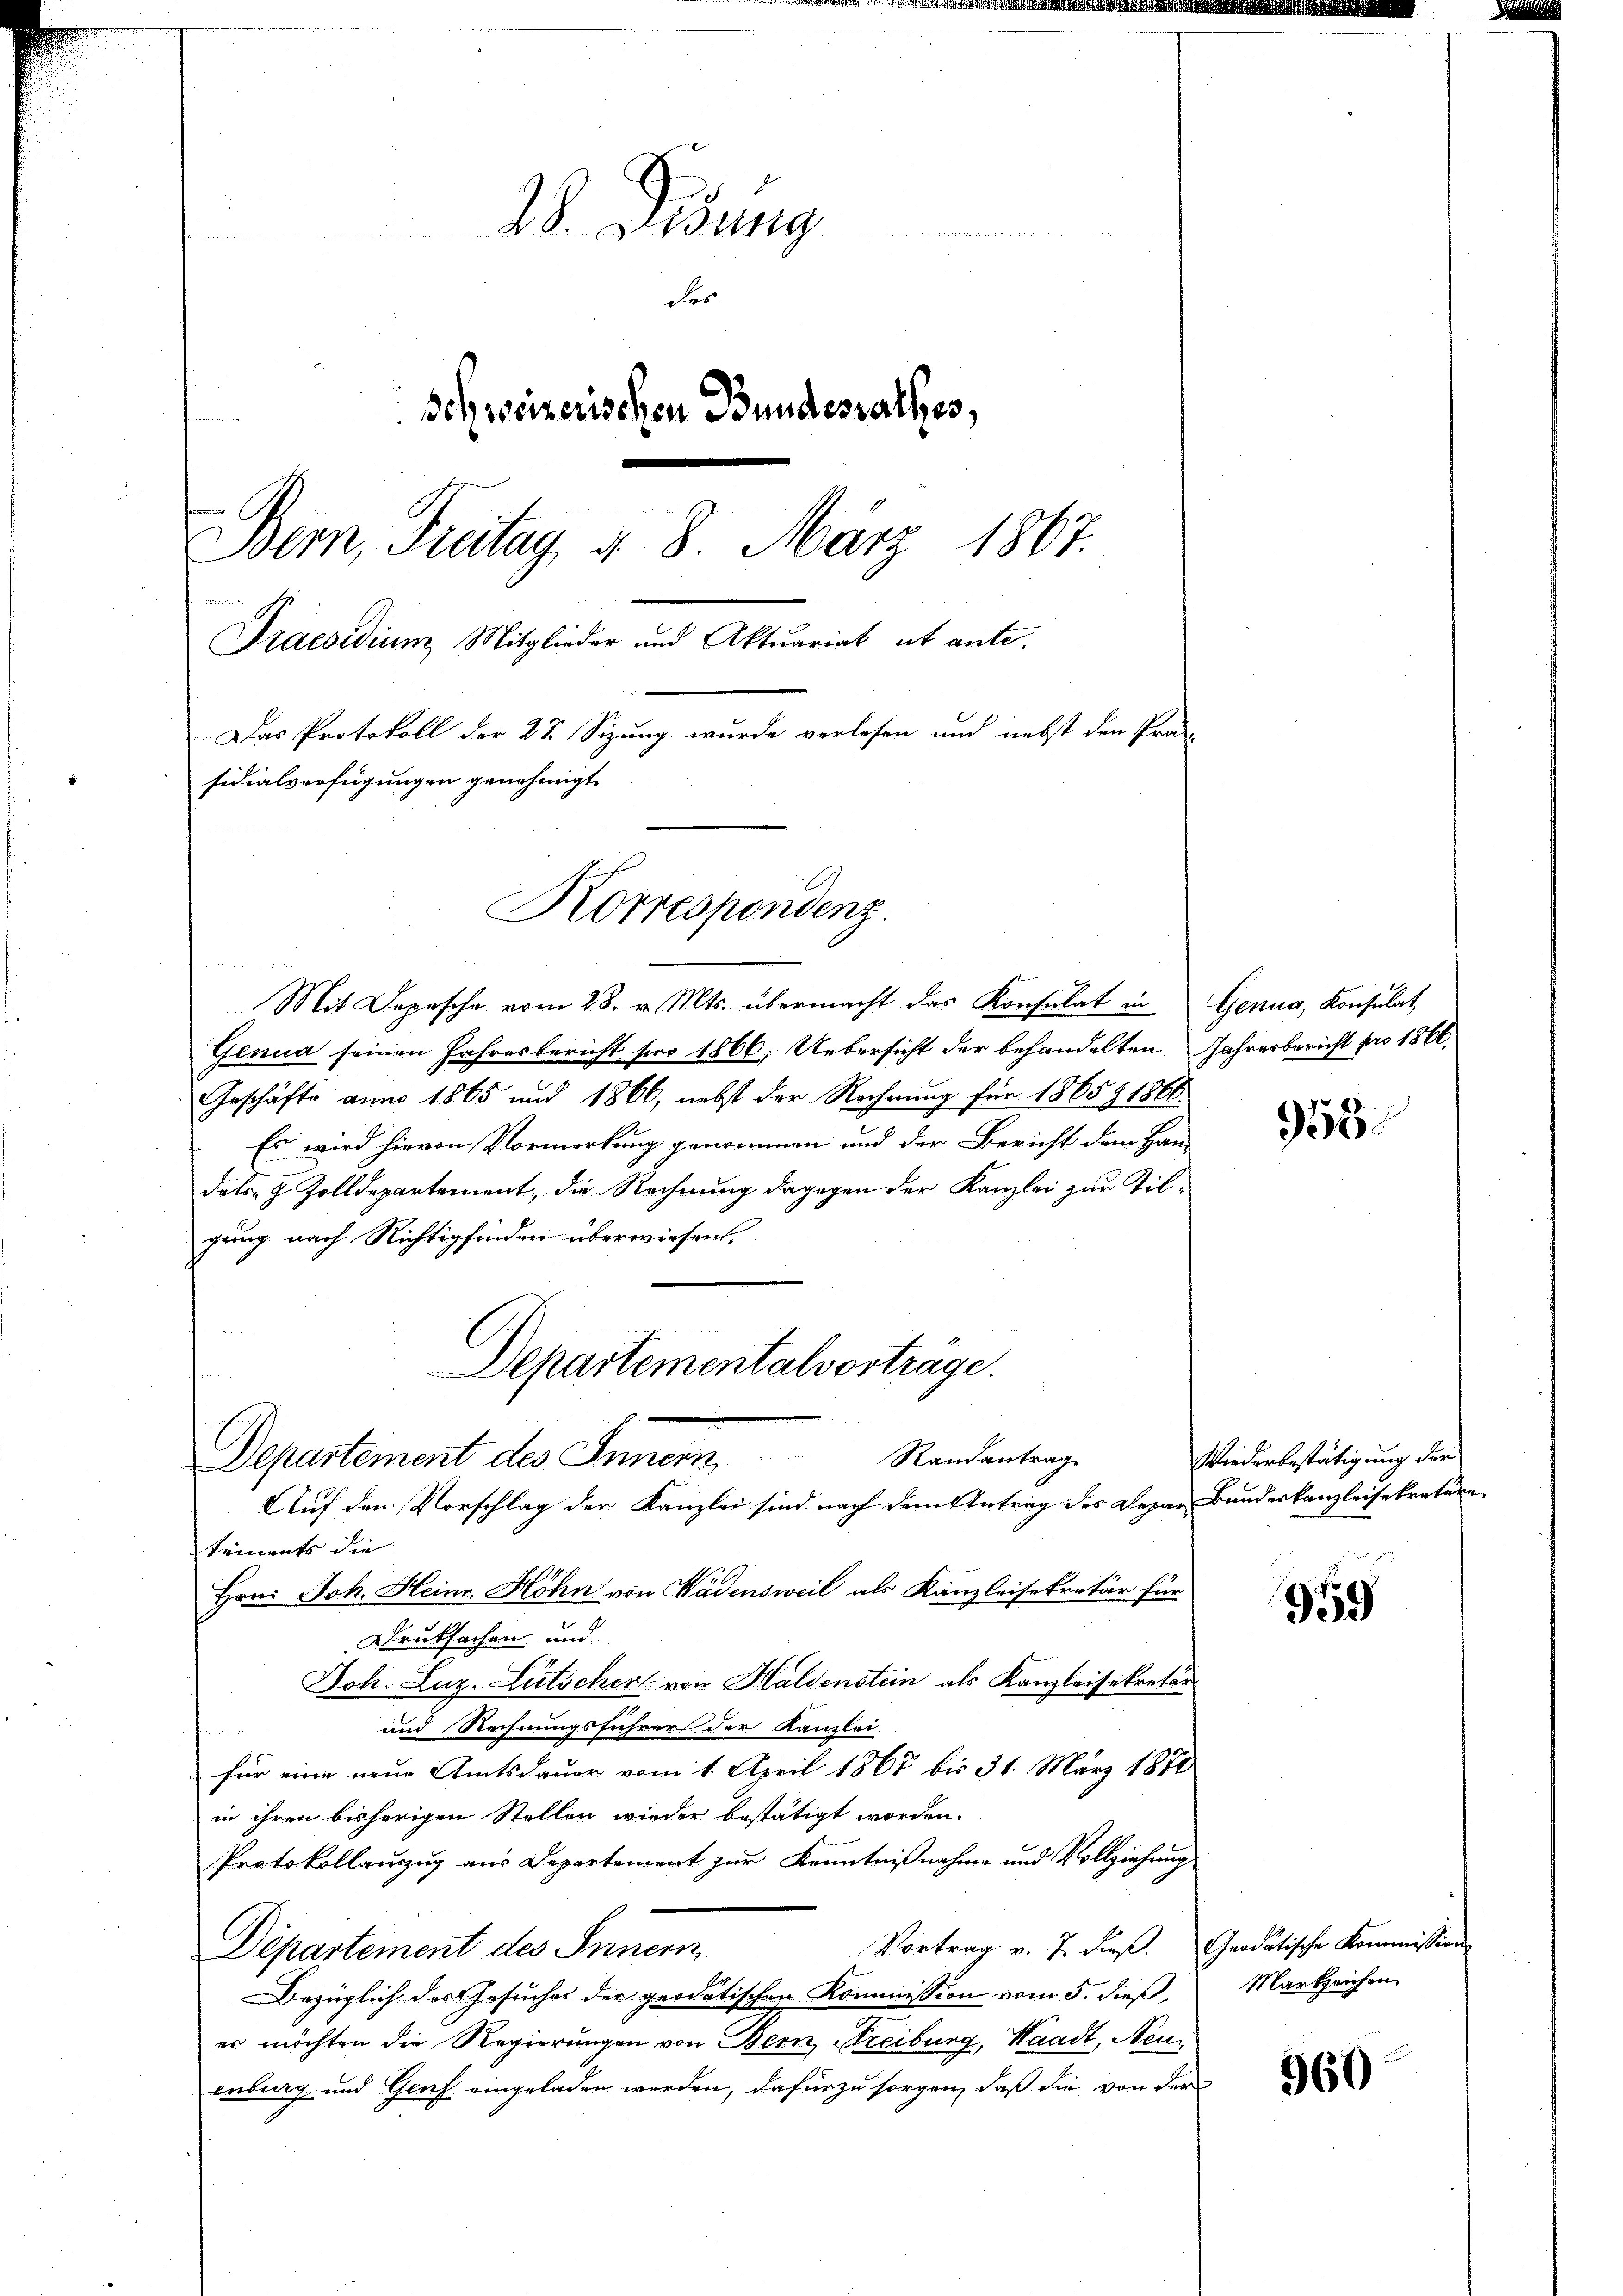
28. Weisung
Fes
Schweizerischen Bundesrathes,
Bern, Freitag, d. 8. März 1867.
Praesidium Mitglieder und Aktuariat ut ante.
Das Protokoll der 27. Sizung wurde verlesen und nebst den Prä-
sidialverfügungen genehmigt.
Korrespondenz.

Mit Depesche vom 28. v. Mts. übermacht das Konsulat in
Genua seinen Jahresbericht für 1866. Uebersicht der behandelten Jahresbericht pro 1866.
Geschäfte anno 1865 und 1866, nebst der Rechnung für 1865 § 1866.
Es wird hievon Vormerkung genommen und der Bericht dem Han-
ditor 9 Zolldepartement, die Rechnung dagegen der Kanzlei zur Tilgung nach Richtigfinden überwiesen.
Departementalvorträge.

Randantrag
Departement des Innern,

Auf den Vorschlag der Kanzlei sind nach dem Antrag des Depar Bundeskanzleisekretäre
keinents die
Hrn. Joh. Heinr. Höhn von Wädensweil als Kanzleisekretär für
Druksachen und
Joh. Luz. Lütscher von Haldenstein als Kanzleisekretär
und Rechnungsführer der Kanzlei-
für eine neue Amtsdauer vom 1. April 1867 bis 31. März 1874
in ihren bisherigen Stellen wieder bestätigt worden.
Protokollauszug aus Departement zur Kenntnißnahme und Vollziehung
Vortrag v. 7. dieβ. Gradatische Kommission
Departement des Innern
Bezüglich des Gesuches der geodatischen Kommission vom 5. dieß,
es möchten die Regierungen von Bern Freiburg, Waadt, Neuenburg und Genf eingeladen werden, dafür zu sorgen, daß die von der

Genua, Konsulat

955.

Wiederbestätigung der

959

Markzeichen

960